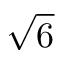
\sqrt { 6 }